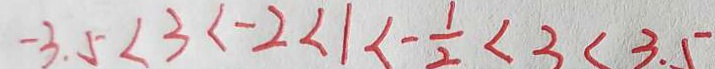
- 3 . 5 < 3 < - 2 < 1 < - \frac { 1 } { 2 } < 3 < 3 . 5